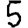
Digit: 5